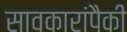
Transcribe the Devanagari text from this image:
सावकारांपैकी